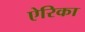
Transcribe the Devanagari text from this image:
ऐरिका